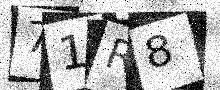
Text: 71R8